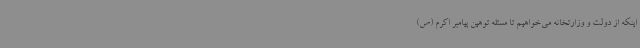
اینکه از دولت و وزارتخانه می‌خواهیم تا مسئله توهین پیامبر اکرم (ص)